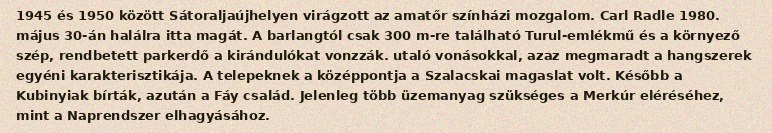
1945 és 1950 között Sátoraljaújhelyen virágzott az amatőr színházi mozgalom. Carl Radle 1980. május 30-án halálra itta magát. A barlangtól csak 300 m-re található Turul-emlékmű és a környező szép, rendbetett parkerdő a kirándulókat vonzzák. utaló vonásokkal, azaz megmaradt a hangszerek egyéni karakterisztikája. A telepeknek a középpontja a Szalacskai magaslat volt. Később a Kubinyiak bírták, azután a Fáy család. Jelenleg több üzemanyag szükséges a Merkúr eléréséhez, mint a Naprendszer elhagyásához.